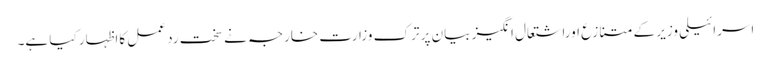
اسرائیلی وزیر کے متنازع اوراشتعال انگیز بیان پر ترک وزارت خارجہ نے سخت رد عمل کااظہار کیا ہے۔